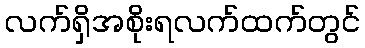
လက်ရှိအစိုးရလက်ထက်တွင်